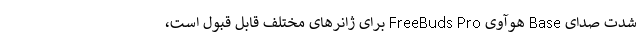
شدت صدای Base هوآوی FreeBuds Pro برای ژانرهای مختلف قابل قبول است،